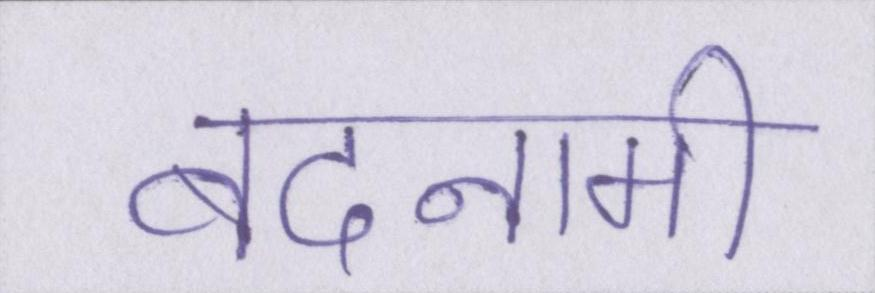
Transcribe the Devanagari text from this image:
बदनामी